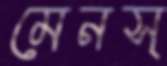
মেনস্